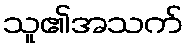
သူ၏အသက်